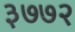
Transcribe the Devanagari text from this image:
३७७२